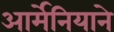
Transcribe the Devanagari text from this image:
आर्मेनियाने